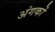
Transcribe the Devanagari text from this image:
अंगकों